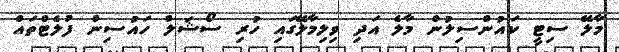
މާލޭ ސިޓީ ކައުންސިލުން މާލެ އަދި ވިލިމާލޭގައި ހުރި ސޯޝަލް ހައުސިން ފުލެޓްތައް